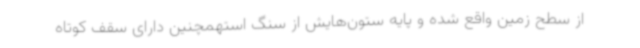
از سطح زمین واقع شده و پایه ستون‌هایش از سنگ استهمچنین دارای سقف کوتاه